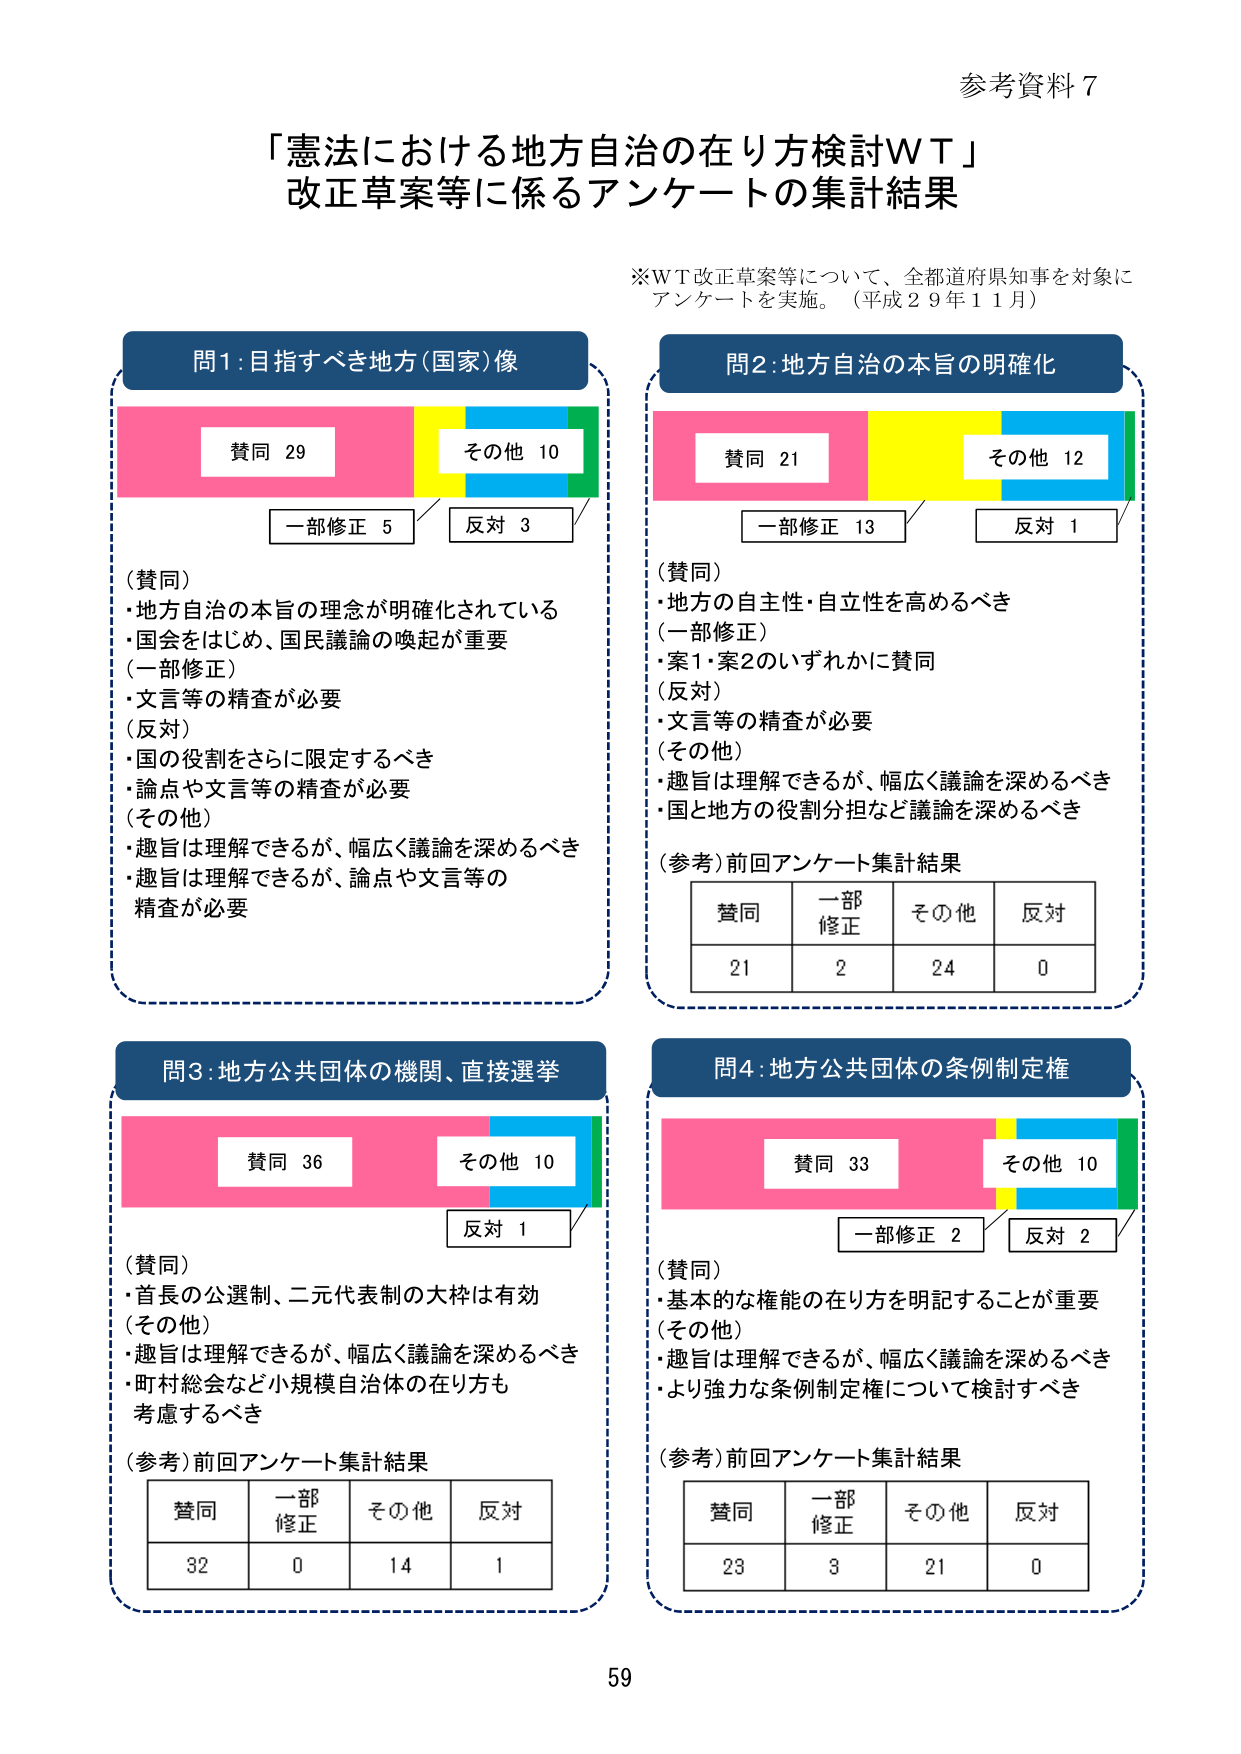
参考資料７

「憲法における地方自治の在り方検討ＷＴ」
改正草案等に係るアンケートの集計結果

※ＷＴ改正草案等について、全都道府県知事を対象に
アンケートを実施。（平成２９年１１月）

問1：目指すべき地方（国家）像
　　（ピンク色のバー）　　（黄色のバー）　　（青色のバー）　　（緑色のバー）
　　賛同 29　　　　　　　その他 10
　　　　　　　　　　　一部修正 5　　　　　反対 3

（賛同）
・地方自治の本旨の理念が明確化されている
・国会をはじめ、国民議論の喚起が重要
（一部修正）
・文言等の精査が必要
（反対）
・国の役割をさらに限定するべき
・論点や文言等の精査が必要
（その他）
・趣旨は理解できるが、幅広く議論を深めるべき
・趣旨は理解できるが、論点や文言等の
　精査が必要

問2：地方自治の本旨の明確化
　　（ピンク色のバー）　　（黄色のバー）　　（青色のバー）　　（緑色のバー）
　　賛同 21　　　　　　　その他 12
　　　　　　　　　　　一部修正 13　　　　　反対 1

（賛同）
・地方の自主性・自立性を高めるべき
（一部修正）
・案1・案2のいずれかに賛同
（反対）
・文言等の精査が必要
（その他）
・趣旨は理解できるが、幅広く議論を深めるべき
・国と地方の役割分担など議論を深めるべき

（参考）前回アンケート集計結果
　　　　賛同　　一部修正　　その他　　反対
　　　　21　　　　2　　　　24　　　　0

問3：地方公共団体の機関、直接選挙
　　（ピンク色のバー）　　（青色のバー）　　（緑色のバー）
　　賛同 36　　　　　　　その他 10
　　　　　　　　　　　　反対 1

（賛同）
・首長の公選制、二元代表制の大枠は有効
（その他）
・趣旨は理解できるが、幅広く議論を深めるべき
・町村総会など小規模自治体の在り方も
　考慮するべき

（参考）前回アンケート集計結果
　　　　賛同　　一部修正　　その他　　反対
　　　　32　　　　0　　　　14　　　　1

問4：地方公共団体の条例制定権
　　（ピンク色のバー）　　（黄色のバー）　　（青色のバー）　　（緑色のバー）
　　賛同 33　　　　　　　その他 10
　　　　　　　　　　　一部修正 2　　　　　反対 2

（賛同）
・基本的な権能の在り方を明記することが重要
（その他）
・趣旨は理解できるが、幅広く議論を深めるべき
・より強力な条例制定権について検討すべき

（参考）前回アンケート集計結果
　　　　賛同　　一部修正　　その他　　反対
　　　　23　　　　3　　　　21　　　　0

59